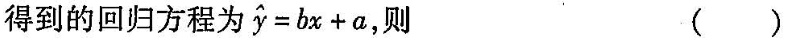
得到的回归方程为 $$\widehat{y}=bx+a$$ 则()